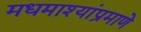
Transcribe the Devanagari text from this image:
मधमाश्यांप्रमाणे